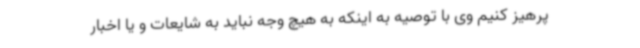
پرهیز کنیم وی با توصیه به اینکه به هیچ وجه نباید به شایعات و یا اخبار